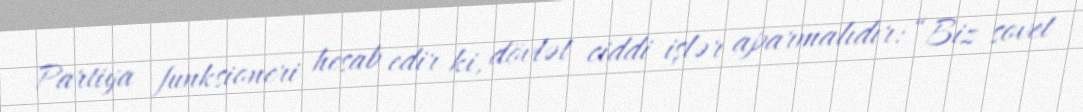
Partiya funksioneri hesab edir ki, dövlət ciddi işlər aparmalıdır: “Biz sovet